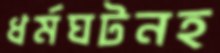
ধর্মঘটনহ